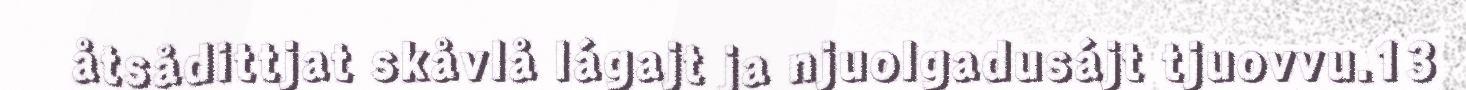
åtsådittjat skåvlå lágajt ja njuolgadusájt tjuovvu.13